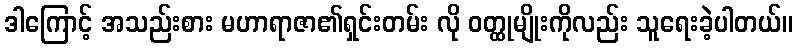
ဒါကြောင့် အသည်းစား မဟာရာဇာ၏ရှင်းတမ်း လို ဝတ္ထုမျိုးကိုလည်း သူရေးခဲ့ပါတယ်။